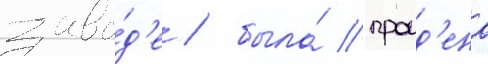
заво́д'е / была́ проид'ена